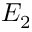
E _ { 2 }